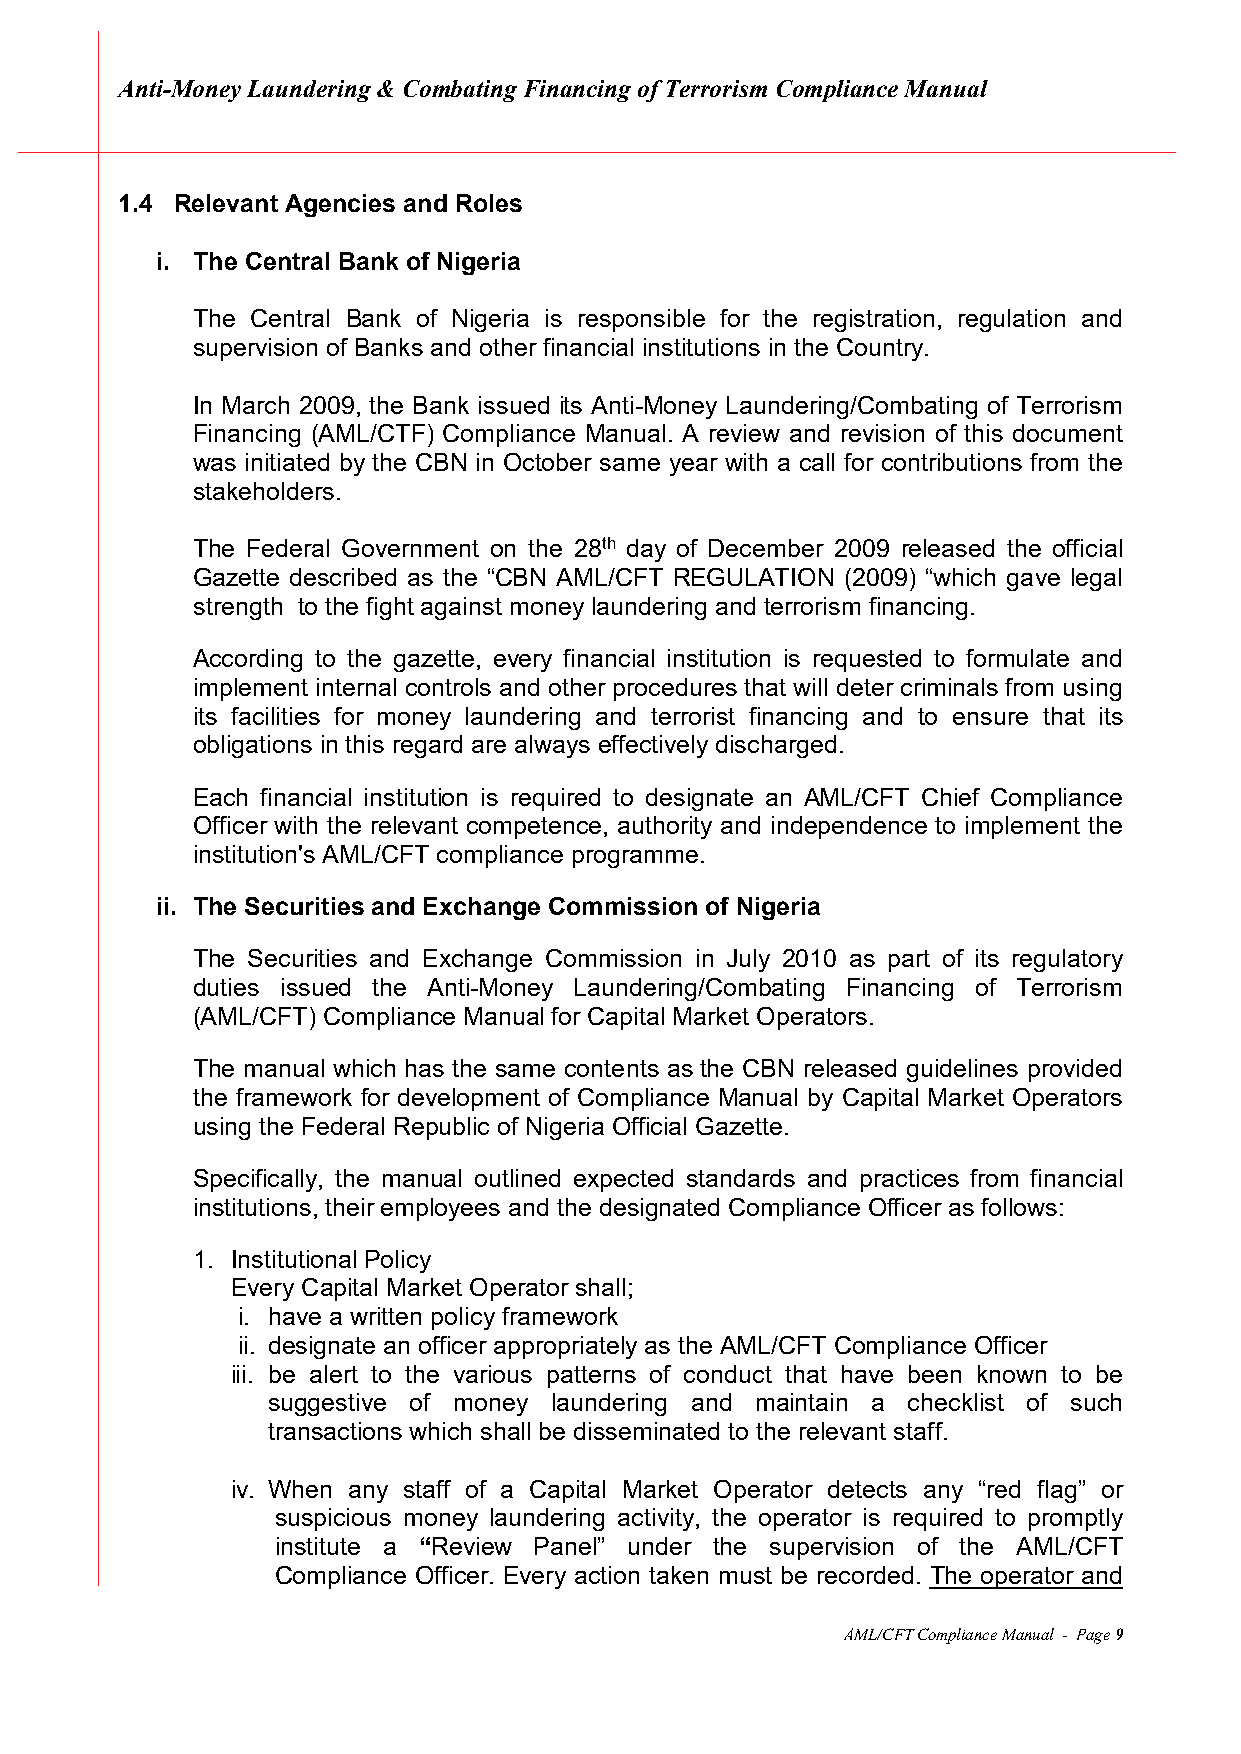
Anti-Money Laundering & Combating Financing of Terrorism Compliance Manual
 1.4 Relevant Agencies and Roles
 i. The Central Bank of Nigeria
 The Central Bank of Nigeria is responsible for the registration, regulation and
 supervision of Banks and other financial institutions in the Country.
 In March 2009, the Bank issued its Anti-Money Laundering/Combating of Terrorism
 Financing (AML/CTF) Compliance Manual. A review and revision of this document
 was initiated by the CBN in October same year with a call for contributions from the
 stakeholders.
 The Federal Government on the 28th day of December 2009 released the official
 Gazette described as the “CBN AML/CFT REGULATION (2009) “which gave legal
 strength to the fight against money laundering and terrorism financing.
 According to the gazette, every financial institution is requested to formulate and
 implement internal controls and other procedures that will deter criminals from using
 its facilities for money laundering and terrorist financing and to ensure that its
 obligations in this regard are always effectively discharged.
 Each financial institution is required to designate an AML/CFT Chief Compliance
 Officer with the relevant competence, authority and independence to implement the
 institution's AML/CFT compliance programme.
 ii. The Securities and Exchange Commission of Nigeria
 The Securities and Exchange Commission in July 2010 as part of its regulatory
 duties issued the Anti-Money Laundering/Combating Financing of Terrorism
 (AML/CFT) Compliance Manual for Capital Market Operators.
 The manual which has the same contents as the CBN released guidelines provided
 the framework for development of Compliance Manual by Capital Market Operators
 using the Federal Republic of Nigeria Official Gazette.
 Specifically, the manual outlined expected standards and practices from financial
 institutions, their employees and the designated Compliance Officer as follows:
 1. Institutional Policy
 Every Capital Market Operator shall;
 i. have a written policy framework
 ii. designate an officer appropriately as the AML/CFT Compliance Officer
 iii. be alert to the various patterns of conduct that have been known to be
 suggestive of money laundering and maintain a checklist of such
 transactions which shall be disseminated to the relevant staff.
 iv. When any staff of a Capital Market Operator detects any “red flag” or
 suspicious money laundering activity, the operator is required to promptly
 institute a “Review Panel” under the supervision of the AML/CFT
 Compliance Officer. Every action taken must be recorded. The operator and
 AML/CFT Compliance Manual - Page 9